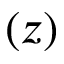
\left( { z } \right)